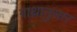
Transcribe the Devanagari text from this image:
गाथानुसार